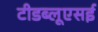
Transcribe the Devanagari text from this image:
टीडब्लूएसई